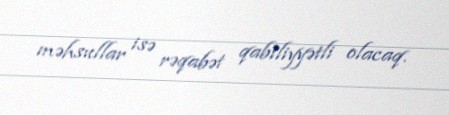
məhsullar isə rəqabət qabiliyyətli olacaq.